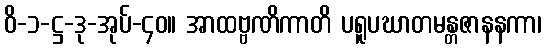
ဝိ-၁-ဋ္ဌ-ဒု-အုပ်-၄၀။ အာထဗ္ဗဏိကာတိ ပရူပဃာတမန္တဇာနနကာ၊